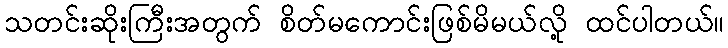
သတင်းဆိုးကြီးအတွက် စိတ်မကောင်းဖြစ်မိမယ်လို့ ထင်ပါတယ်။